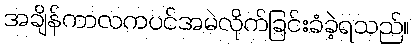
အချိန်ကာလကပင်အမဲလိုက်ခြင်းခံခဲ့ရသည်။